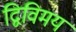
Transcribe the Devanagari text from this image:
द्विविमय